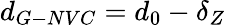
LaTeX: {d_{G-NVC}}=d_{0}-\delta_{Z}